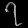
Digit: ၇